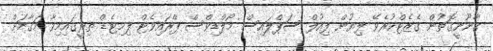
ޤާނޫނީގޮތުން ގެޒެޓްކުރެވޭ ލިޔުން ފިއުލް ސަޕްލައިސް މޯލްޑިވްސް ޕްރައިވެޓް ލިމިޓެޑް ތިރީގައިމިވާ މަޤާމަށް